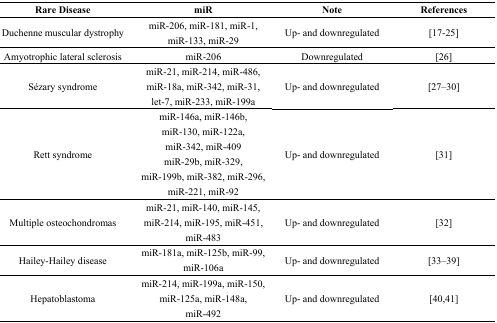
<table><thead><tr><td><b>Rare Disease</b></td><td><b>miR</b></td><td><b>Note</b></td><td><b>References</b></td></tr></thead><tbody><tr><td>Duchenne muscular dystrophy</td><td>miR-206, miR-181, miR-1, miR-133, miR-29</td><td>Up- and downregulated</td><td>[17–25]</td></tr><tr><td>Amyotrophic lateral sclerosis</td><td>miR-206</td><td>Downregulated</td><td>[26]</td></tr><tr><td>Sézary syndrome</td><td>miR-21, miR-214, miR-486, miR-18a, miR-342, miR-31, let-7, miR-233, miR-199a</td><td>Up- and downregulated</td><td>[27–30]</td></tr><tr><td>Rett syndrome</td><td>miR-146a, miR-146b, miR-130, miR-122a, miR-342, miR-409miR-29b, miR-329, miR-199b, miR-382, miR-296, miR-221, miR-92</td><td>Up- and downregulated</td><td>[31]</td></tr><tr><td>Multiple osteochondromas</td><td>miR-21, miR-140, miR-145, miR-214, miR-195, miR-451, miR-483</td><td>Up- and downregulated</td><td>[32]</td></tr><tr><td>Hailey-Hailey disease</td><td>miR-181a, miR-125b, miR-99, miR-106a</td><td>Up- and downregulated</td><td>[33–39]</td></tr><tr><td>Hepatoblastoma</td><td>miR-214, miR-199a, miR-150, miR-125a, miR-148a, miR-492</td><td>Up- and downregulated</td><td>[40,41]</td></tr></tbody></table>